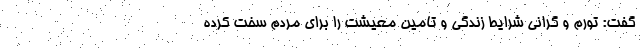
گفت: تورم و گرانی شرایط زندگی و تامین معیشت را برای مردم سخت کرده